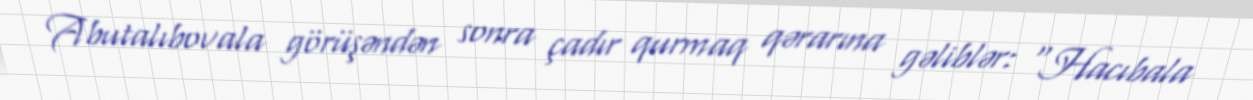
Abutalıbovala görüşəndən sonra çadır qurmaq qərarına gəliblər: “Hacıbala